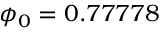
\phi _ { 0 } = 0 . 7 7 7 7 8